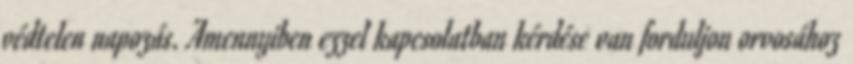
védtelen napozás. Amennyiben ezzel kapcsolatban kérdése van forduljon orvosához